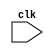
module USB_Controller(
    input wire clk, // clock input
    // other input/output ports here
);

// Timing control and synchronization logic here

endmodule